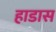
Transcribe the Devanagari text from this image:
हाडास